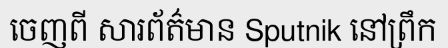
ចេញពី សារព័ត៌មាន Sputnik នៅព្រឹក